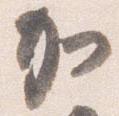
加